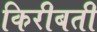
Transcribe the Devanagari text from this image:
किरीबती